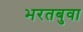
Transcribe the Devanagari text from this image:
भरतबुवा